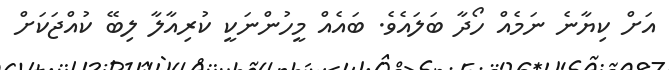
އަށް ކިޔާނެ ނަމެއް ހޯދާ ބަލައެވެ. ބައެއް މީހުންނަކީ ކުރިއާލާ ލިބޭ ކުއްޖަކަށް